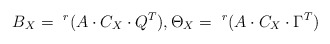
\begin{align*} B_X=\ ^r(A\cdot C_X \cdot Q^T),\Theta_X=\ ^r{(A\cdot C_X \cdot \Gamma^T)}\end{align*}